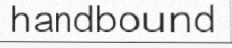
handbound